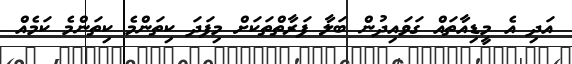
އަދި އެ މީޑިއާތައް ގަވައިދުން ބަލާ ފަރާތްތަކަށް މިފަދަ ކިތަންމެ ކިތަންމެ ކަމެއް